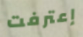
إعترفت